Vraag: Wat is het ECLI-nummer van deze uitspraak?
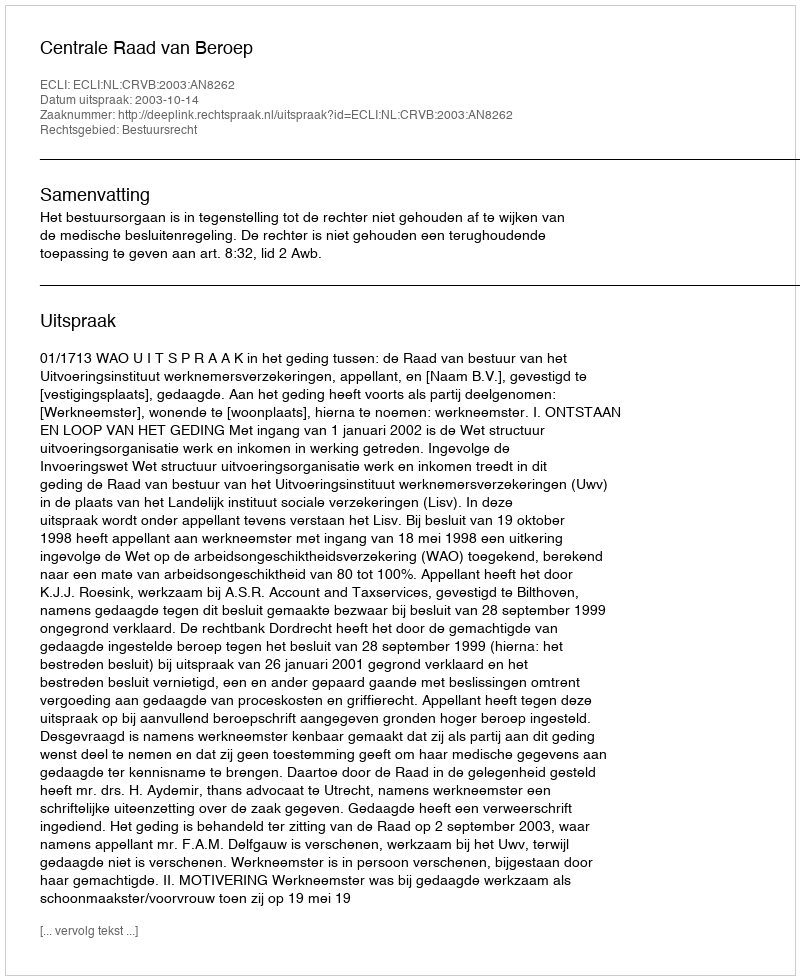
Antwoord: ECLI:NL:CRVB:2003:AN8262